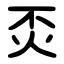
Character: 㶪